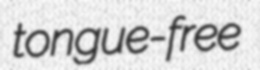
tongue-free